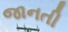
જાનતી